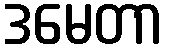
ဒမေတာ